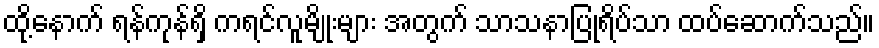
ထို့နောက် ရန်ကုန်ရှိ ကရင်လူမျိုးများ အတွက် သာသနာပြုရိပ်သာ ထပ်ဆောက်သည်။